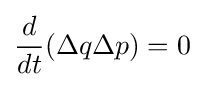
{\frac {d}{dt}}(\Delta q\Delta p)=0